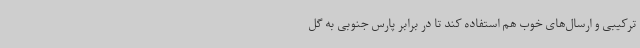
ترکیبی و ارسال‌های خوب هم استفاده کند تا در برابر پارس جنوبی به گل